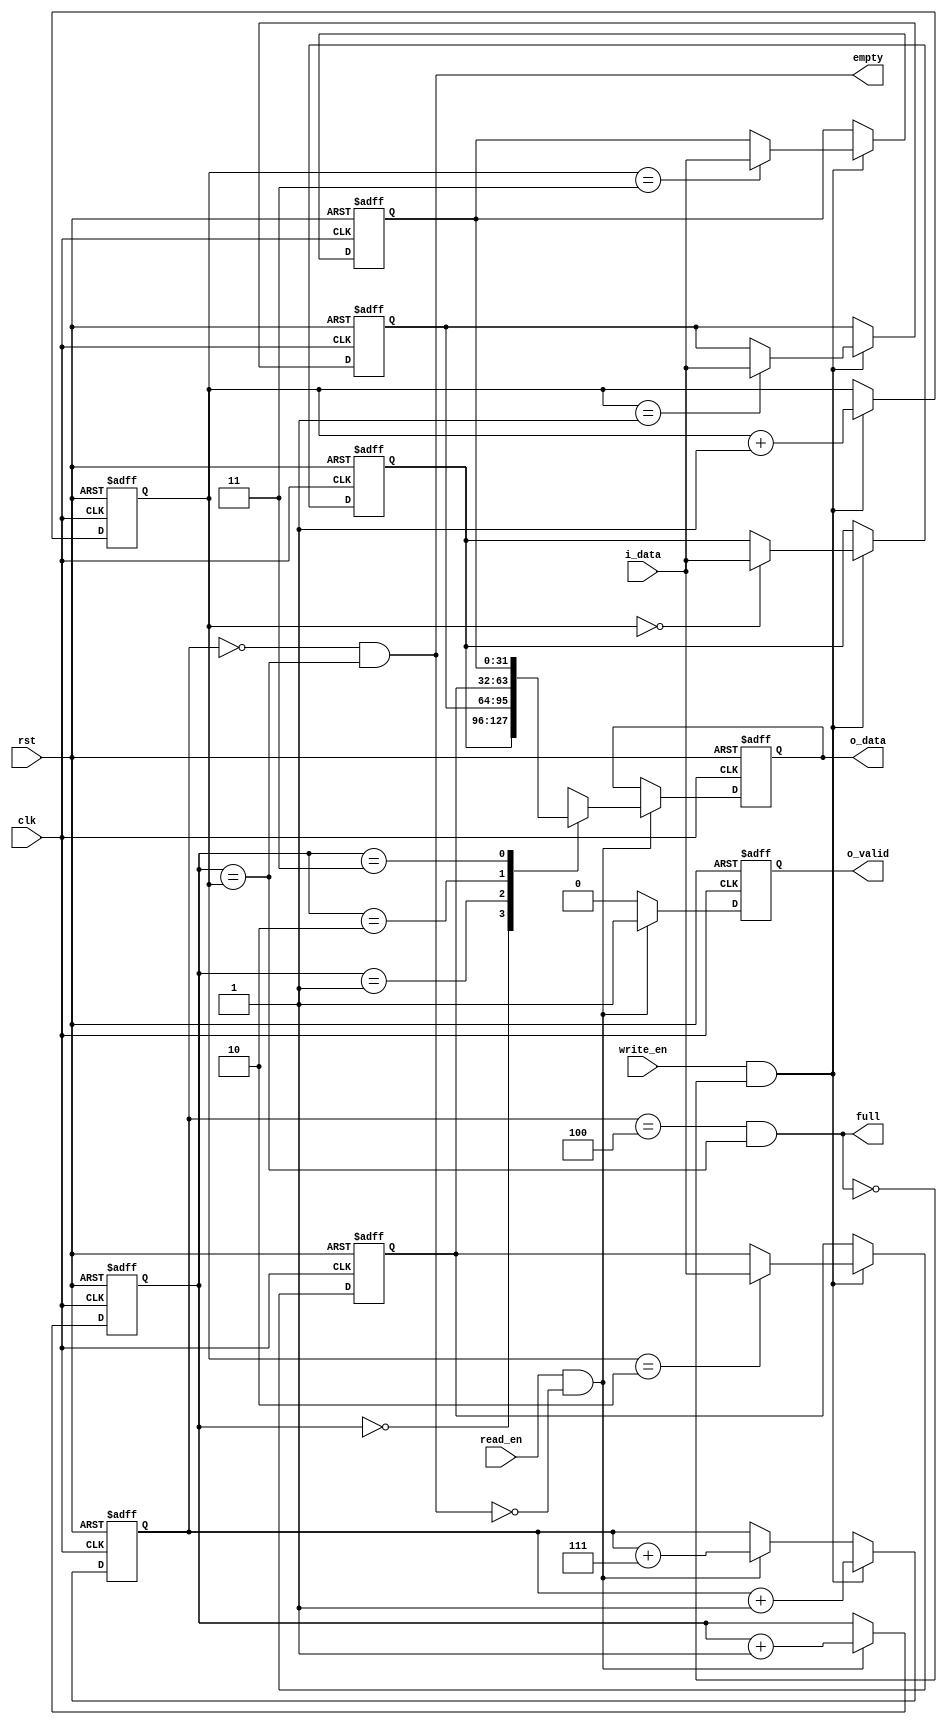
module FIFO#(
    parameter DEPTH = 4,
    parameter DATA_WIDTH = 32
)(
    input clk,
    input rst,
    input [DATA_WIDTH-1:0] i_data,
    input write_en,
    input read_en,
    output full,
    output empty,
    output reg o_valid,
    output reg [DATA_WIDTH-1:0] o_data
);

integer i;
wire mem_write;
wire mem_read;
reg [DATA_WIDTH-1:0] memory[0:DEPTH-1];
reg [clog2(DEPTH)-1:0] read_ptr;
reg [clog2(DEPTH)-1:0] write_ptr;
reg [clog2(DEPTH):0]   cnt;

assign empty = (cnt == {(clog2(DEPTH)+1){1'b0}} && read_ptr == write_ptr);
assign full  = (cnt == DEPTH && read_ptr == write_ptr);
assign mem_write = (write_en && ~full);
assign mem_read  = (read_en  && ~empty);

// Debug
wire [DATA_WIDTH-1:0] fifo_buf0 = memory[0];
wire [DATA_WIDTH-1:0] fifo_buf1 = memory[1];
wire [DATA_WIDTH-1:0] fifo_buf2 = memory[2];
wire [DATA_WIDTH-1:0] fifo_buf3 = memory[3];


always @(posedge clk or posedge rst) begin
    if(rst) begin
        read_ptr  <= {clog2(DEPTH){1'b0}};
        write_ptr <= {clog2(DEPTH){1'b0}};
        cnt <= {clog2(DEPTH){1'b0}};
        for(i = 0; i < DEPTH; i = i + 1) begin
            memory[i] <= {DATA_WIDTH{1'b0}};
        end
        o_valid <= 1'b0;
        o_data <= {DATA_WIDTH{1'b0}};
    end else begin
        read_ptr  <= (mem_read) ? read_ptr + 1'b1 : read_ptr;
        write_ptr <= (mem_write)  ? write_ptr + 1'b1 : write_ptr;
        if(mem_write) begin
            cnt <= cnt + 1'b1;
        end else if(mem_read) begin
            cnt <= cnt + {(clog2(DEPTH)+1){1'b1}};
        end
        if(mem_write) begin
            memory[write_ptr] <= i_data;
        end
        if(mem_read) begin
            o_valid <= 1'b1;
            o_data <= memory[read_ptr];
        end else begin
            o_valid <= 1'b0;
            o_data <= o_data;
        end
    end
end

//=============================================================

function integer clog2;
    input integer value;
    integer temp;
    begin
        temp = value - 1;
        for (clog2 = 0; temp > 0; clog2 = clog2 + 1) begin
            temp = temp >> 1;
        end
    end
endfunction

endmodule